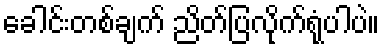
ခေါင်းတစ်ချက် ညိတ်ပြလိုက်ရုံပါပဲ။